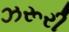
ઝરૂરી